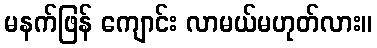
မနက်ဖြန် ကျောင်း လာမယ်မဟုတ်လား။